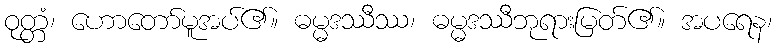
ဝုတ္တံ၊ ဟောတော်မူအပ်၏။ ဓမ္မဒဿီဿ၊ ဓမ္မဒဿီဘုရားမြတ်၏။ အပရေန၊